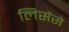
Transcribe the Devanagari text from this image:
लिसेंसे